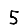
Digit: 5